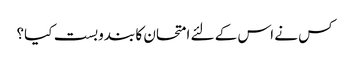
کس نے اس کے لئے امتحان کا بندوبست کیا؟